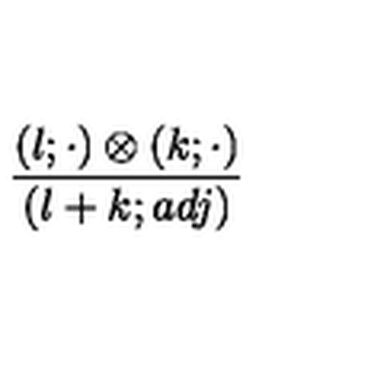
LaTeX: { \frac { ( l ; \cdot ) \otimes ( k ; \cdot ) } { ( l + k ; a d j ) } }